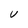
Character: V